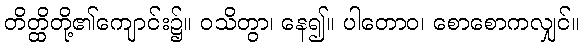
တိတ္ထိတို့၏ကျောင်း၌။ ဝသိတွာ၊ နေ၍။ ပါတောဝ၊ စောစောကလျှင်။